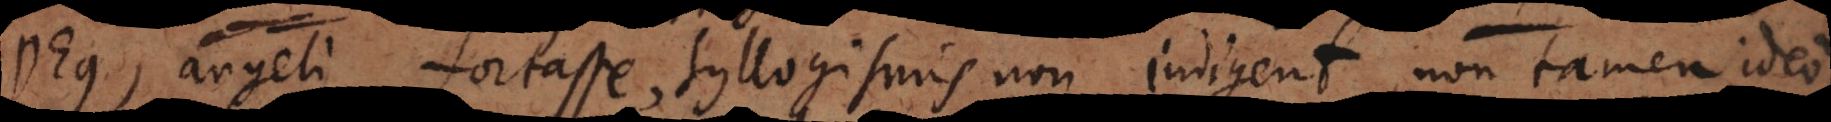
angeli fortasse, Syllogismis non indigent, non tamen ideo